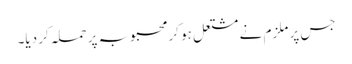
جس پر ملزم نے مشتعل ہو کر محبوبہ پر حملہ کر دیا۔